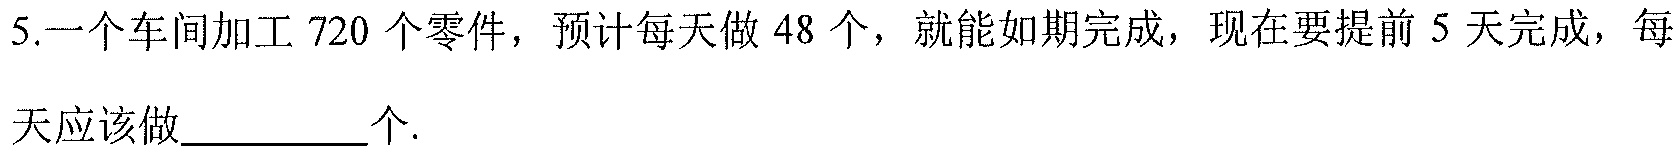
5.一个车间加工 \(720\) 个零件，预计每天做 \(48\) 个，就能如期完成，现在要提前 \(5\) 天完成，每天应该做__________个.